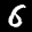
Label: 6